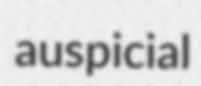
auspicial